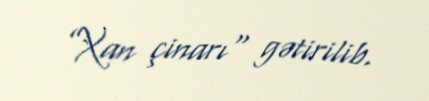
”Xan çinarı" gətirilib.